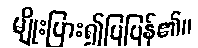
မျိုးပြား၍ပြပြန်၏။